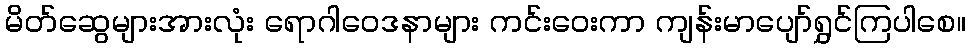
မိတ်ဆွေများအားလုံး ရောဂါဝေဒနာများ ကင်းဝေးကာ ကျန်းမာပျော်ရွှင်ကြပါစေ။